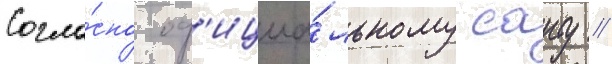
Согла́сно оф'ициа́льному саиту //